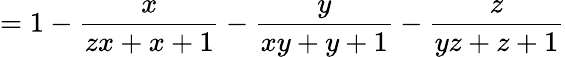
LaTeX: =1-{\frac{x}{zx+x+1}}-{\frac{y}{xy+y+1}}-{\frac{z}{yz+z+1}}